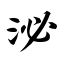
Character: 泌